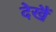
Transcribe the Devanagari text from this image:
देखैं